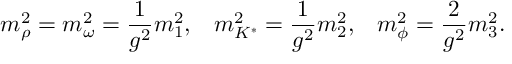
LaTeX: m _ { \rho } ^ { 2 } = m _ { \omega } ^ { 2 } = { \frac { 1 } { g ^ { 2 } } } m _ { 1 } ^ { 2 } , \; \; \; m _ { K ^ { * } } ^ { 2 } = { \frac { 1 } { g ^ { 2 } } } m _ { 2 } ^ { 2 } , \; \; \; m _ { \phi } ^ { 2 } = { \frac { 2 } { g ^ { 2 } } } m _ { 3 } ^ { 2 } .